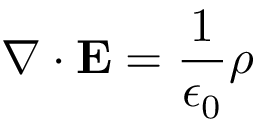
\nabla \cdot \mathbf { E } = { \frac { 1 } { \epsilon _ { 0 } } } \rho